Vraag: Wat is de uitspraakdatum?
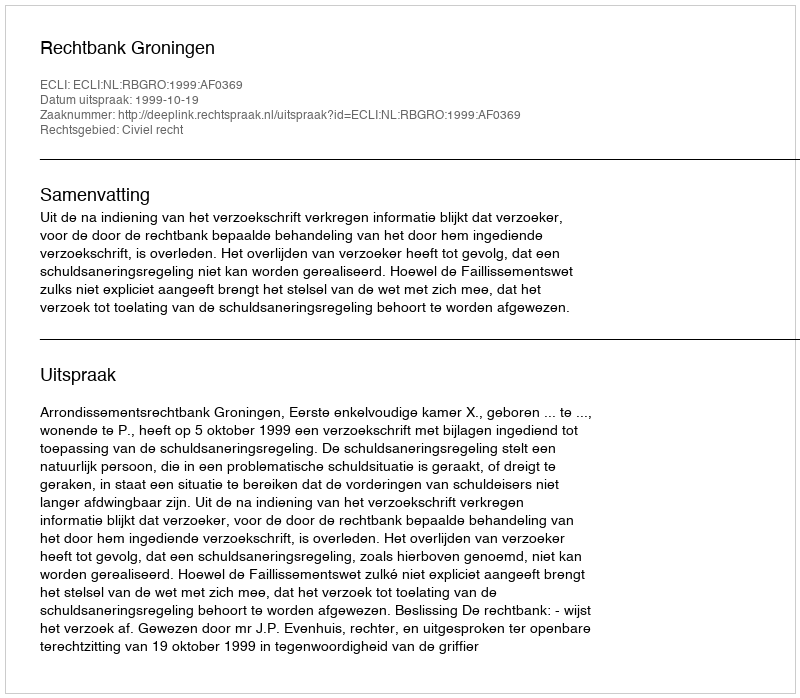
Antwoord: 1999-10-19